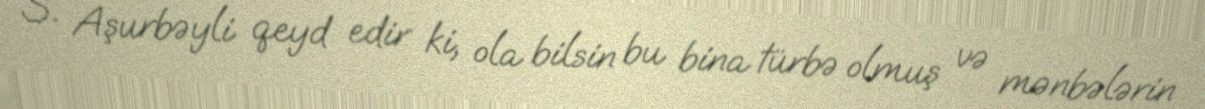
S. Aşurbəyli qeyd edir ki, ola bilsin bu bina türbə olmuş və mənbələrin